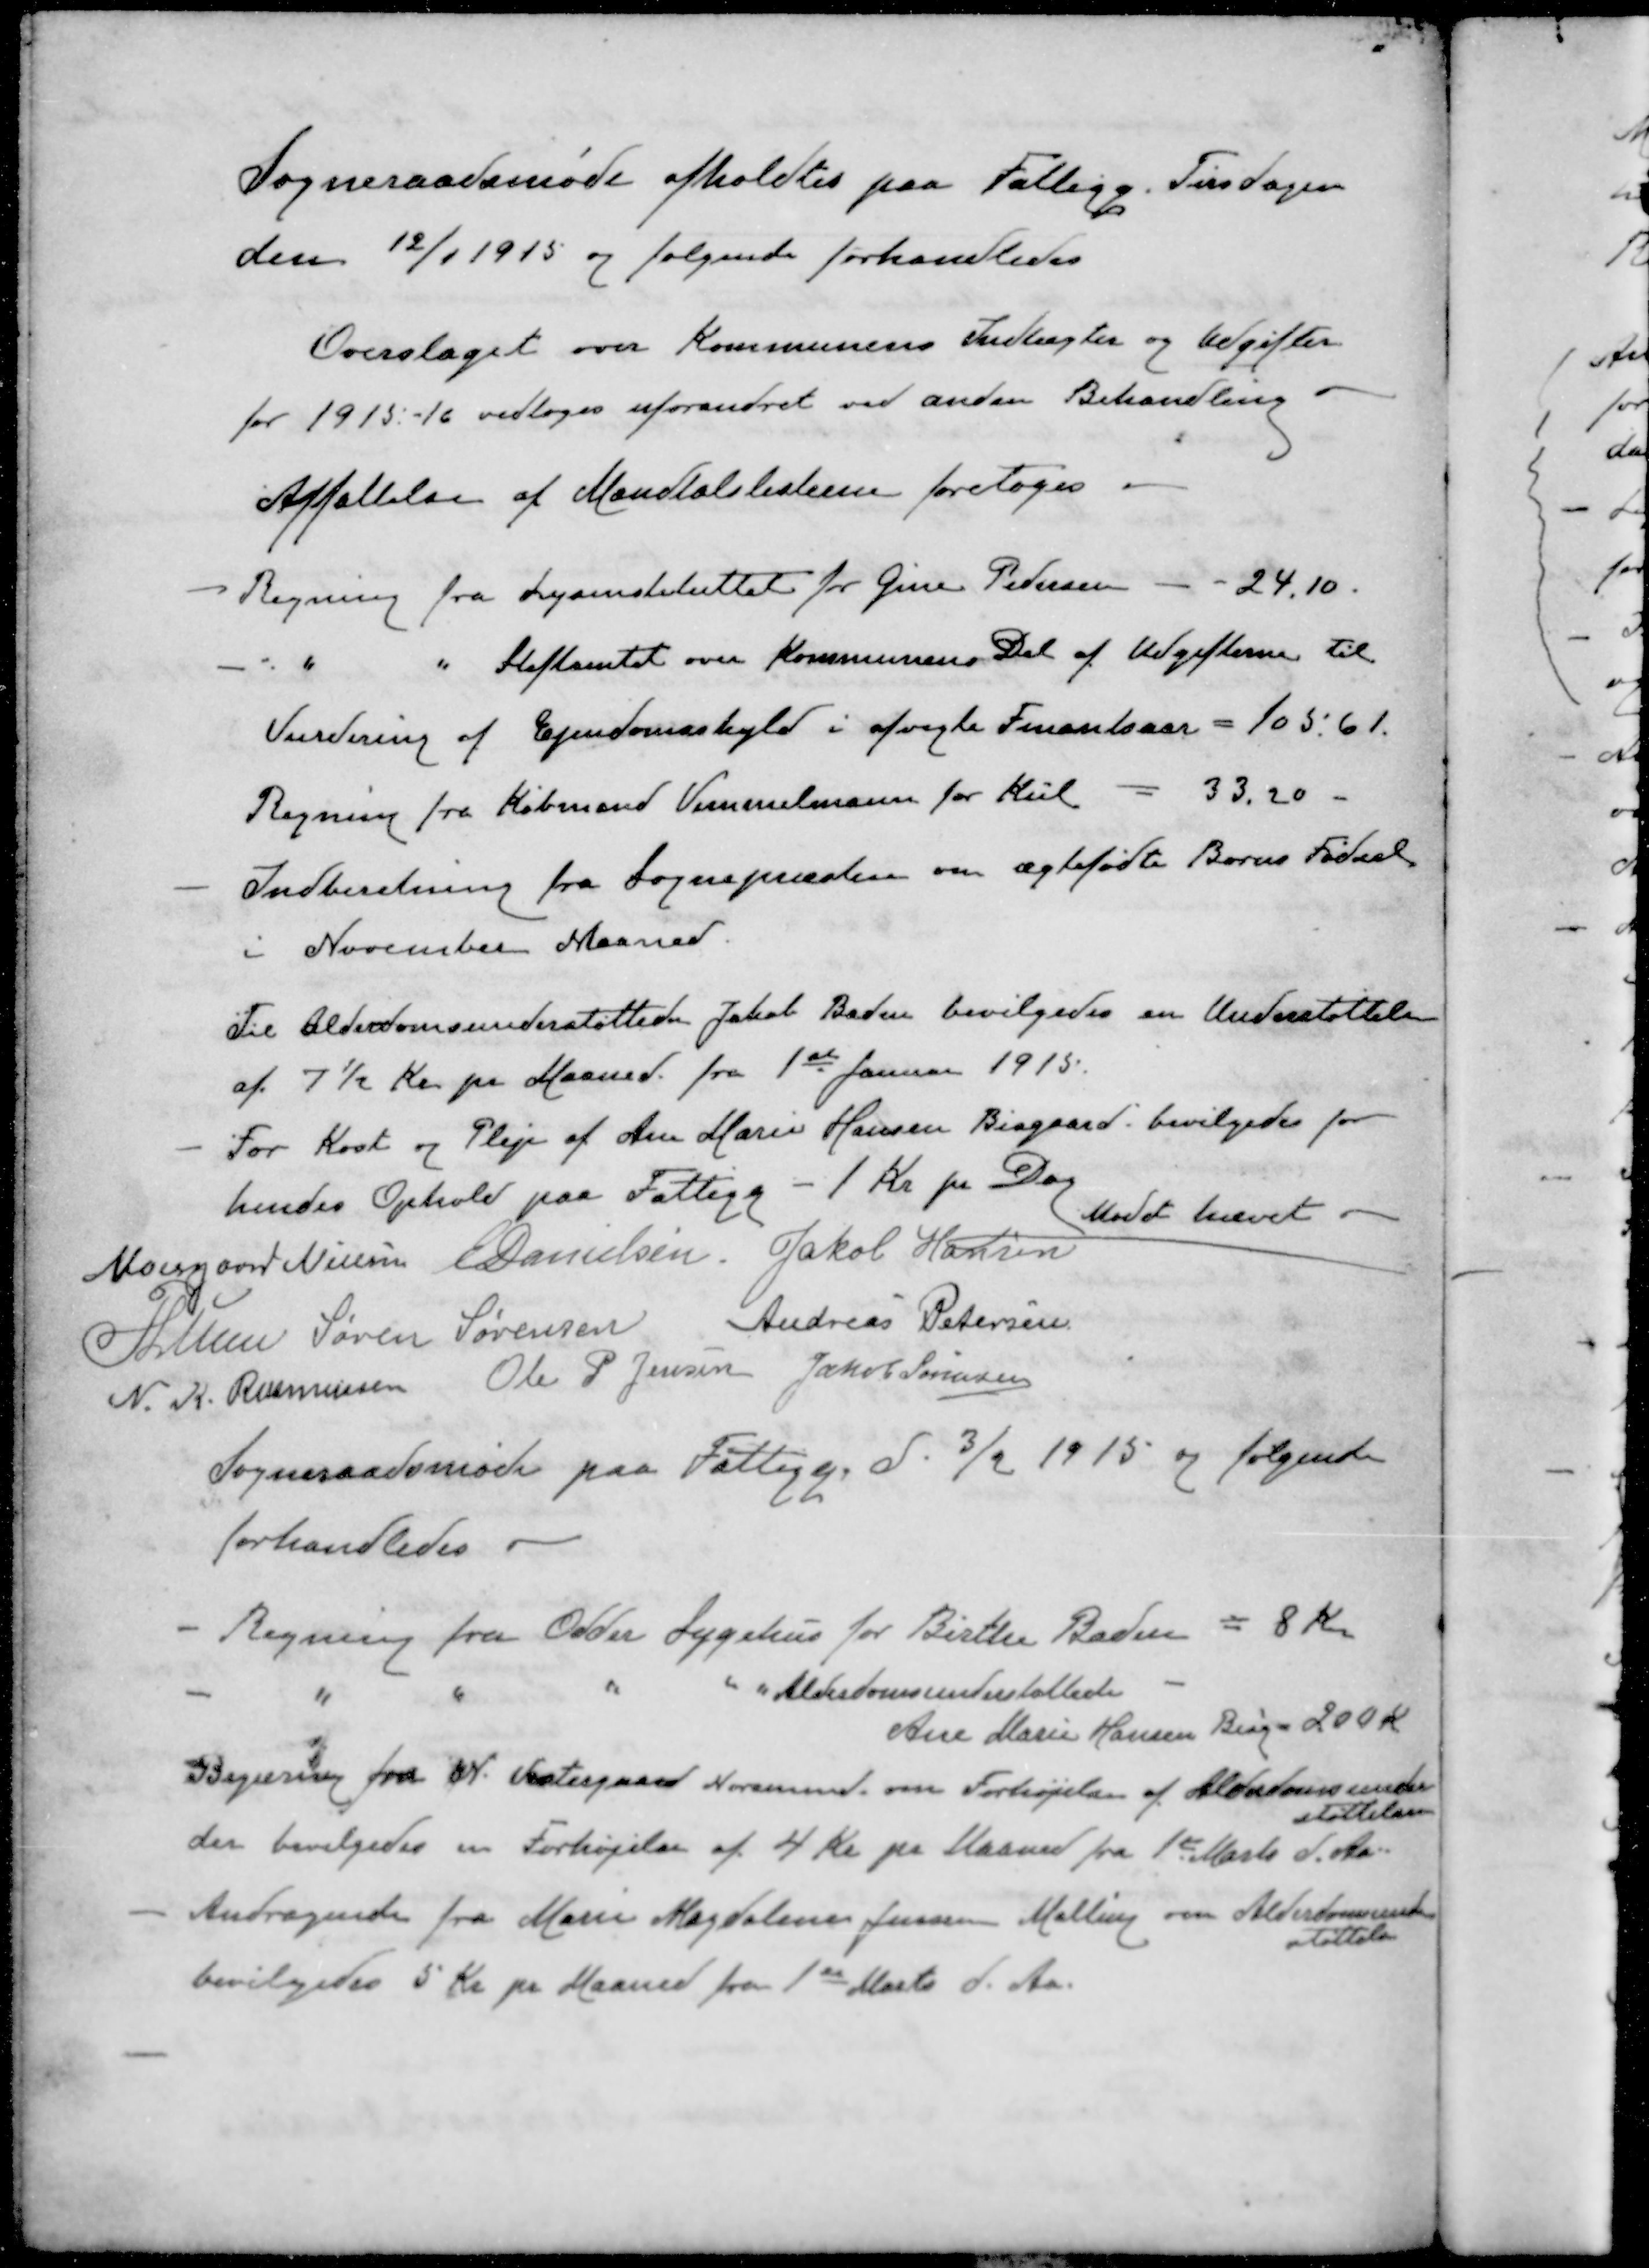
Transskription:
Sogneraadsmøde afholdtes paa Fattigg. Tirsdagen
den 12/1 1915 og følgende forhandledes
Overslaget over Kommunens Indtægter og Udgifter
for 1915-16 vedtoges uforandret ved anden Behandling
Affattelse af Mandtalslisterne foretoges
- Regning fra Lysinstituttet for Gine Pedersen - - 24,10
-
"
" Stiftamtet over Kommunens Del af Udgifterne til
Vurdering af Ejendomsskyld i afvigte Finandsaar = 105,61.
Regning fra Købmand Vimmelmann for Kul - 33,20 -
Indberetning fra Sognepræsten om ægtefødte Børns Fødsel
i November Maaned.
Til Alderdomsunderstøttede Jakob Baden bevilgedes en Understøttelse
af 7½ Kr pr Maaned. fra 1ste Januar 1915.
- For Kost og Pleje af Ane Marie Hansen Bisgaard bevilgedes for
hendes Ophold paa Fattigg - 1 Kr pr Dag
Mødet hævet 
Moesgaard Nielsen
E Danielsen
Jakob Hansen
P Lunn
Søren Sørensen
Andreas Petersen
N. K. Rasmussen
Ole P Jensen
Jakob Sørensen
Sogneraadsmøde paa Fattigg d. 3/2 1915 og følgende
forhandledes
- Regning fra Odder Sygehus for Birthe Baden = 8 Kr
- 
"
"
"
" Alderdomsunderstøttede
Ane Marie Hansen Bisg - 200 Kr
Begæring fra N. Vestergaard Norsminde om Forhøjelse af Alderdomsunder
støttelsen
der bevilgedes en Forhøjelse af 4 Kr pr Maaned fra 1ste Marts d. Aa
-
Andragende fra Marie Magdaline Jensen Malling om Alderdomsunder
støttelse
bevilgedes 5 Kr pr Maaned fra 1ste Marts d. Aa